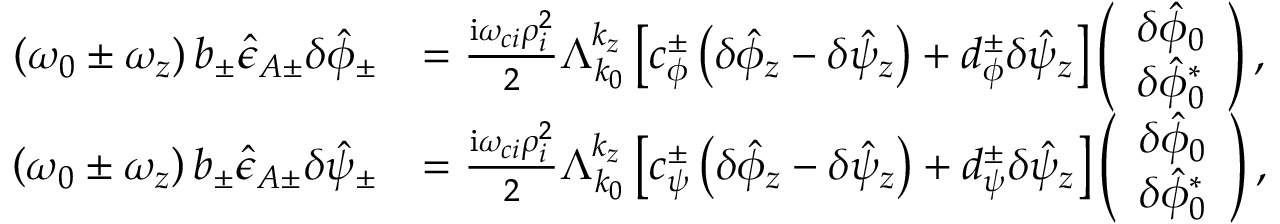
\begin{array} { r l } { \left( \omega _ { 0 } \pm \omega _ { z } \right) b _ { \pm } \hat { \epsilon } _ { A \pm } \delta \hat { \phi } _ { \pm } } & { = \frac { \mathrm { i } \omega _ { c i } \rho _ { i } ^ { 2 } } { 2 } \Lambda _ { k _ { 0 } } ^ { k _ { z } } \left[ c _ { \phi } ^ { \pm } \left( \delta \hat { \phi } _ { z } - \delta \hat { \psi } _ { z } \right) + d _ { \phi } ^ { \pm } \delta \hat { \psi } _ { z } \right] \left( \begin{array} { c } { \delta \hat { \phi } _ { 0 } } \\ { \delta \hat { \phi } _ { 0 } ^ { * } } \end{array} \right) , } \\ { \left( \omega _ { 0 } \pm \omega _ { z } \right) b _ { \pm } \hat { \epsilon } _ { A \pm } \delta \hat { \psi } _ { \pm } } & { = \frac { \mathrm { i } \omega _ { c i } \rho _ { i } ^ { 2 } } { 2 } \Lambda _ { k _ { 0 } } ^ { k _ { z } } \left[ c _ { \psi } ^ { \pm } \left( \delta \hat { \phi } _ { z } - \delta \hat { \psi } _ { z } \right) + d _ { \psi } ^ { \pm } \delta \hat { \psi } _ { z } \right] \left( \begin{array} { c } { \delta \hat { \phi } _ { 0 } } \\ { \delta \hat { \phi } _ { 0 } ^ { * } } \end{array} \right) , } \end{array}